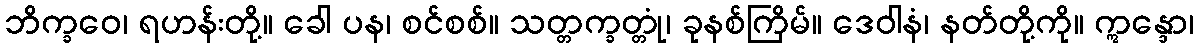
ဘိက္ခဝေ၊ ရဟန်းတို့။ ခေါ ပန၊ စင်စစ်။ သတ္တက္ခတ္တုံ၊ ခုနစ်ကြိမ်။ ဒေဝါနံ၊ နတ်တို့ကို။ ဣန္ဒော၊